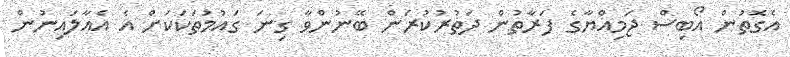
އެގޮތުން އޯބިސް ޖަމިއްޔާގެ ފަރާތުން ދަތުރުކުރަން ބޭނުންވާ ގިނަ ގައުމުތަކަކަށް އެ އެއާލައިނުން